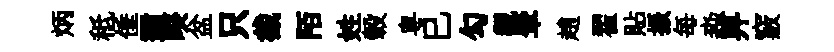
炳秪倕邇暌盆只截陌姓轂粤巳勾覯肇趙翟貼振每淼畀竅